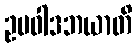
ဥပဝါဒဘယာတိ